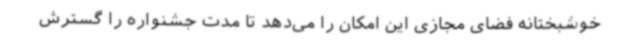
خوشبختانه فضای مجازی این امکان را می‌دهد تا مدت جشنواره را گسترش